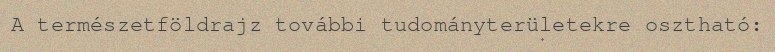
A természetföldrajz további tudományterületekre osztható: